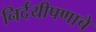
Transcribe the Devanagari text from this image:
निर्दयीपणाचे